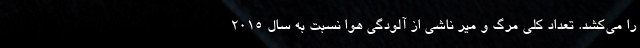
را می‌کشد. تعداد کلی مرگ و میر ناشی از آلودگی هوا نسبت به سال ۲۰۱۵